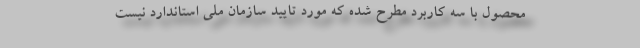
محصول با سه کاربرد مطرح شده که مورد تایید سازمان ملی استاندارد نیست